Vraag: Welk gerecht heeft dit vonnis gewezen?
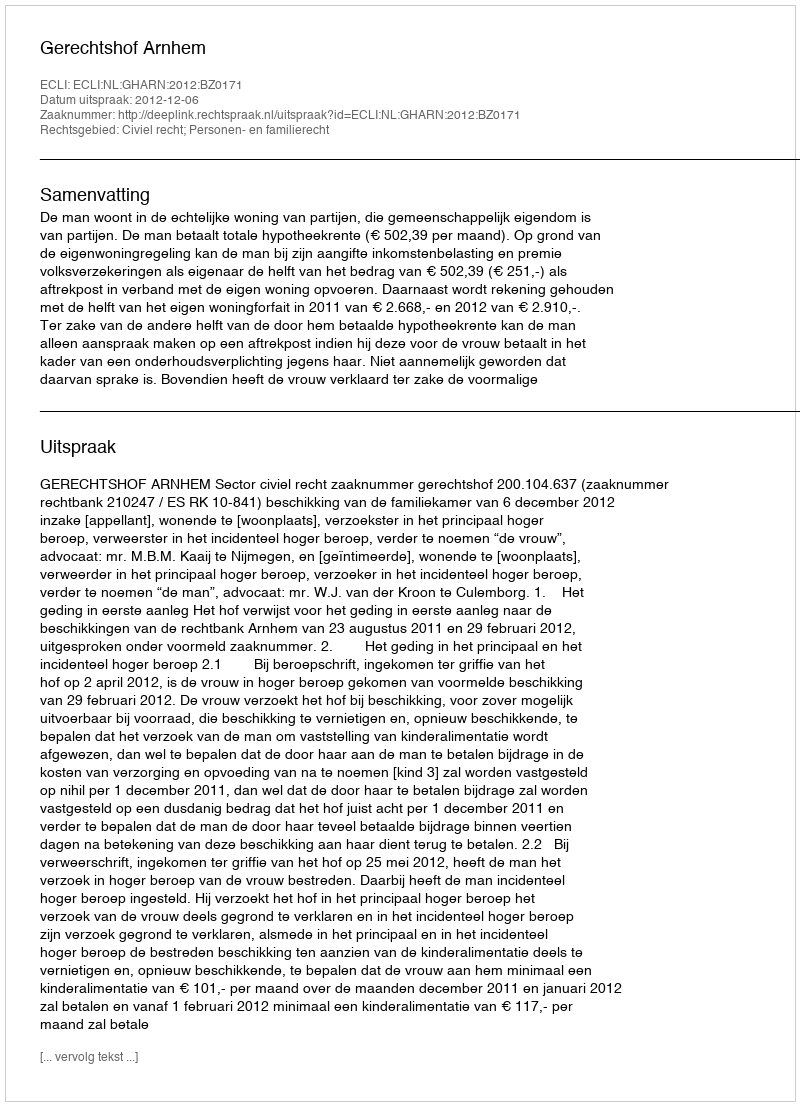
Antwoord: Gerechtshof Arnhem